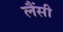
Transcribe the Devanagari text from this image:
लैंसी